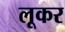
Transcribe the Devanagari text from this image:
लूकर